Vaccination in Bombay 1913-1923 - 1913-1923
Year: 1913
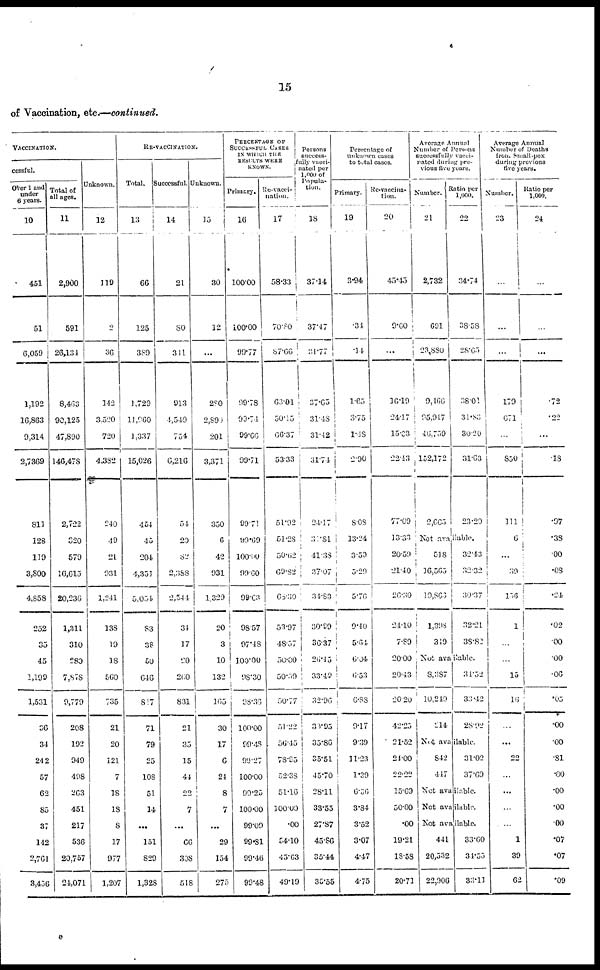
15
of Vaccination, etc.—continued.
VACCINATION.
cessful.
Over 1 and
under
6 years.
10
451
51
6,059
1,192
16,863
9,314
2,7369
811
126
119
3,800
4,858
252
35
45
1,199
1,531
36
34
242
57
62
85
37
142
2,761
3,456
Total of
all ages.
11
2,900
591
26,134
8,463
90,125
47,890
146,478
2,722
320
579
16,615
20,236
1,311
310
280
7,878
9,779
208
192
949
498
263
451
217
536
20,757
21,071
Unknown.
12
119
2
36
142
3,520
720
4,382
240
49
21
931
1,241
138
19
18
560
735
21
20
121
7
18
18
8
17
977
1,207
RE-VACCINATION.
Total.
13
66
125
389
1,729
11,960
1,337
15,026
454
45
204
4,351
5,054
83
38
50
646
817
71
79
25
108
51
14
...
151
829
1,328
Successful.
14
21
80
311
913
4,519
754
6,216
54
20
82
2,388
2,544
34
17
20
260
831
21
35
15
44
22
7
...
66
308
518
Unknown.
15
30
12
...
280
2,891
201
3,371
350
6
42
931
1,329
20
3
10
132
165
30
17
6
24
8
7
...
29
154
275
PERCENTAGE OF
SUCCESSFUL CASES
IN WHICH THE
RESULTS WERE
KNOWN.
Primary.
16
100.00
100.00
99.77
99.78
99.74
99.66
99.71
99.71
99.69
100.00
99.60
99.03
98.57
97.48
100.00
98.30
98.36
100.00
99.48
99.27
100.00
99.25
100.00
99.09
99.81
99.46
99.48
Re-vacci¬
nation.
17
58.33
70.80
87.66
63.01
50.15
66.37
53.33
51.92
51.28
50.62
69.82
68.30
53.97
48.57
50.00
50.59
50.77
51.22
56.45
78.95
52.38
51.16
100.00
.00
54.10
45.63
49.19
Persons
success¬
fully vacci¬
nated per
1,000 of
Popula¬
tion.
18
37.14
37.17
31.77
37.65
31.48
31.42
31.74
24.17
31.81
41.38
37.07
34.83
30.99
36.37
26.45
33.49
32.96
30.95
35.86
35.51
45.70
28.11
33.55
27.87
45.86
35.44
35.55
Percentage of
unknown cases
to total cases.
Primary.
19
3.94
.34
.14
1.65
3.75
1.48
2.90
8.08
13.24
3.50
5.20
5.76
9.40
5.64
6.04
6.53
6.88
9.17
9.39
11.23
1.39
6.36
3.34
3.52
3.07
4.47
4.75
Re-vaccina-
tion.
20
45.45
9.60
...
16.19
24.17
15.03
22.43
77.09
13.33
20.59
21.40
26.30
24.10
7.89
20.00
20.43
20.20
42.25
21.52
24.00
22.22
15.69
50.00
.00
19.21
18.58
20.71
Average Annual
Number of Persons
successfully vacci-
nated during pre-
vious five years.
Number.
21
2,732
691
23,880
9,466
95,917
46,759
152,172
2,665
Ratio per
1,000. 22
34.74
38.58
28.65
38.01
31.83
30.20
31.63
23.20
Not available.
518
16,565
10,866
1,398
319
32.43
32.32
30.37
32.21
38.82
Not available.
8,387
10,249
214
34.52
33.42
28.92
Not available.
842
4.17
31.02
37.69
Not available.
Not available.
Not available.
441
20,532
22,906
33.60
34.55
33.11
Average Annual
Number of Deaths
from Small-pox
during previous
five years.
Number.
23
...
...
...
179
671
...
850
111
6
...
39
156
1
...
...
15
16
...
...
22
...
...
...
...
1
39
62
Ratio per
1,000.
24
...
...
...
.72
.22
...
.18
.97
.38
.00
.08
.24
.02
.00
.00
.06
.05
.00
.00
.81
.00
.00
.00
.00
.07
.07
.09